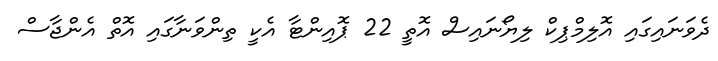
ދެވަނައިގައި އޮލިމްޕިކް ލިޔޯނައިސް އޮތީ 22 ޕޮއިންޓާ އެކީ ތިންވަނާގައި އޮތް އެންޖާސް